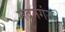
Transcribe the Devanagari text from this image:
मदनगंज